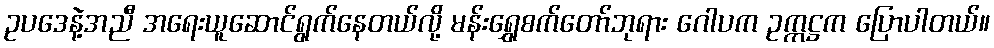
ဥပဒေနဲ့အညီ အရေးယူဆောင်ရွက်နေတယ်လို့ မန်းရွှေစက်တော်ဘုရား ဂေါပက ဥက္ကဋ္ဌက ပြောပါတယ်။